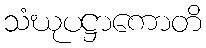
သံဃုပဋ္ဌာကောတိ